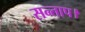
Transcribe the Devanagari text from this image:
सन्‍ताप।